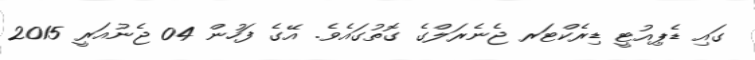
ގައި ޑެޕިއުޓީ ޑިރެކްޓަރ ޖެނެރަލްގެ ގޮތުގައެވެ. އޭގެ ފަހުން 04 ޖެނުއަރީ 2015